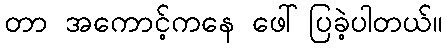
တာ အကောင့်ကနေ ဖေါ်ပြခဲ့ပါတယ်။